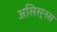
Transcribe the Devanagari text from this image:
असिस्नस